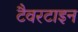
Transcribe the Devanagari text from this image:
टैवरटाइन